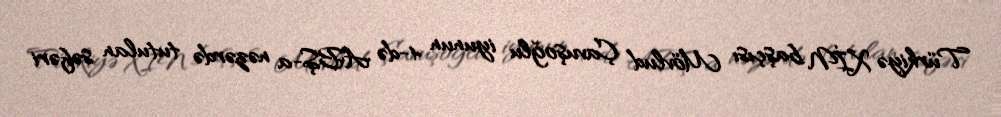
Türkiyə XİN başçısı Mövlud Çavuşoğlu iyunun 4-də ABŞ-a nəzərdə tutulan səfəri